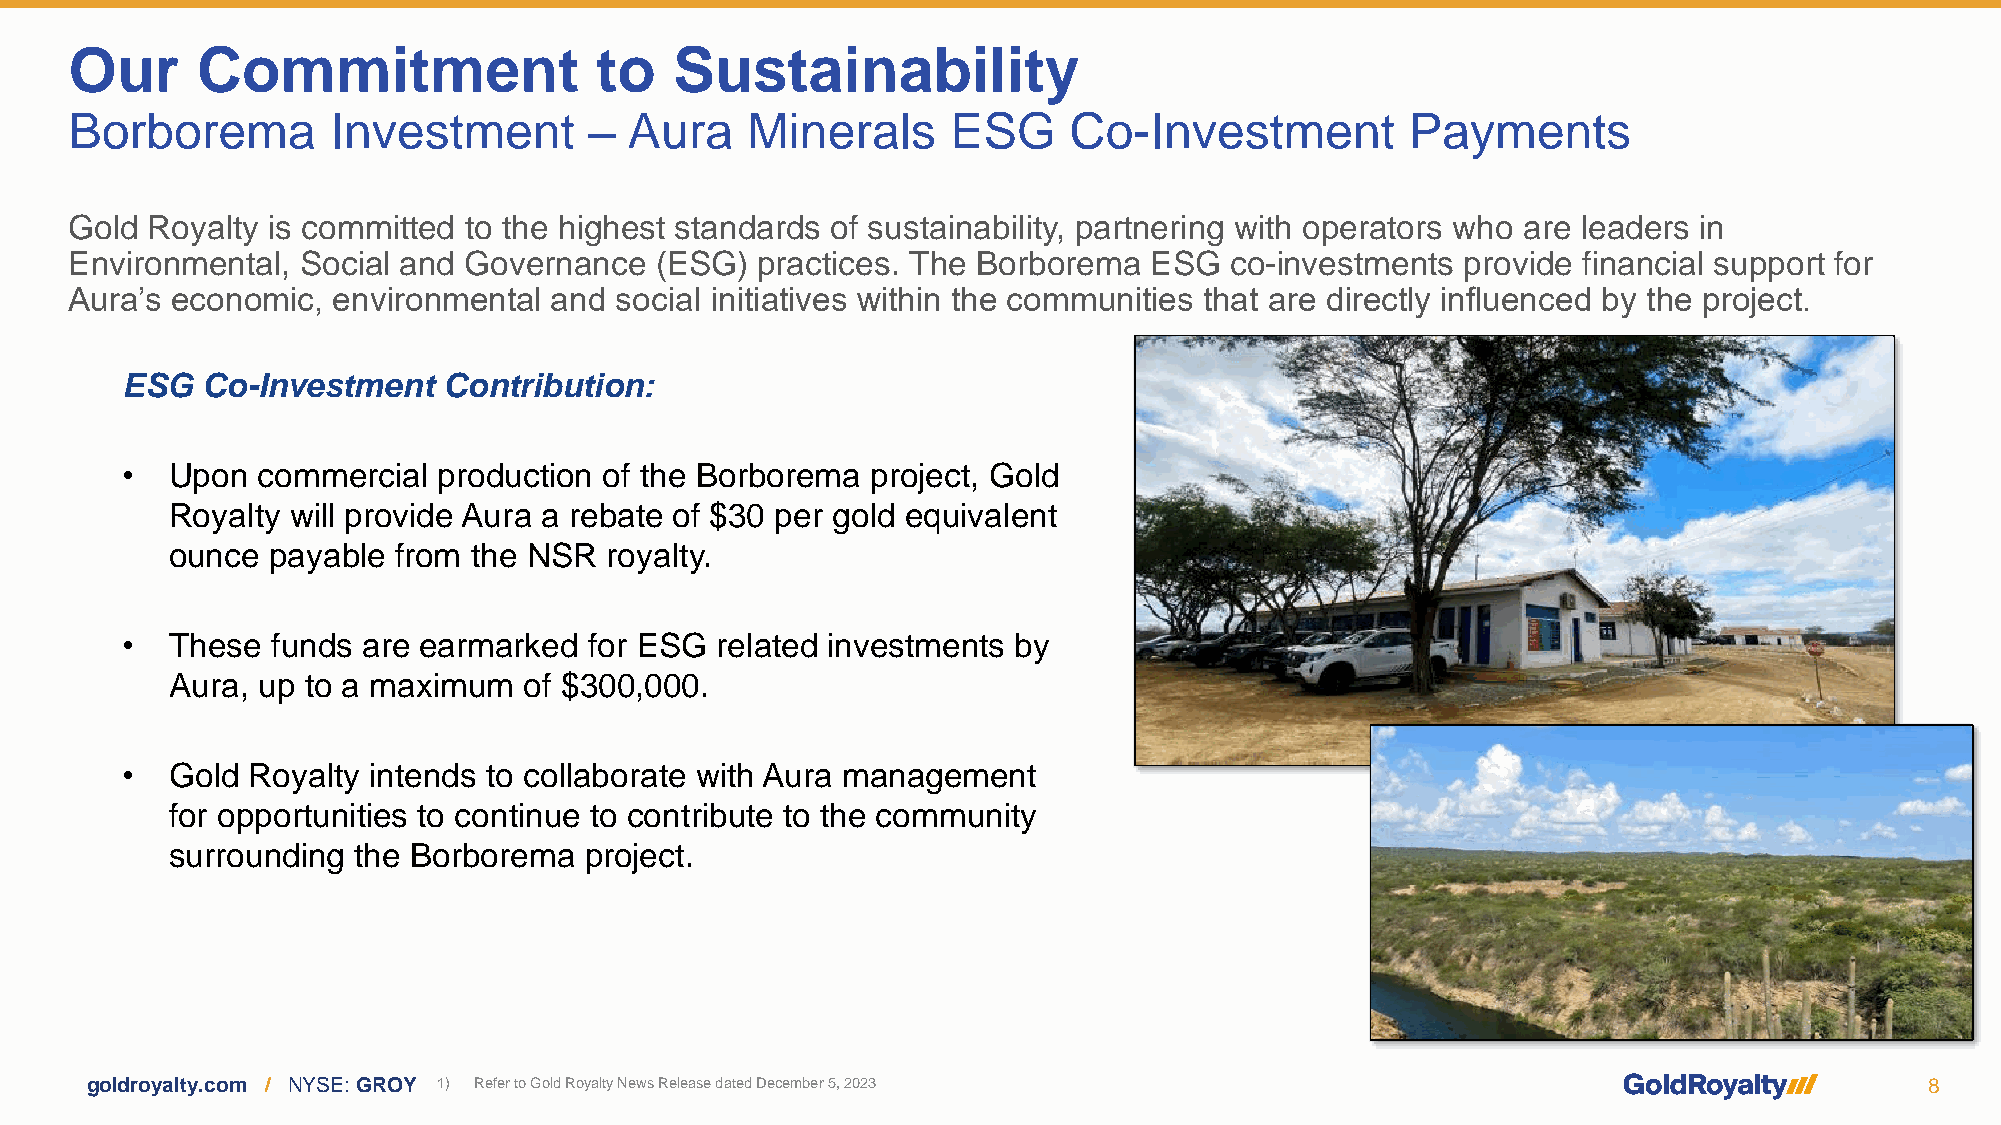
Our     Commitment                to    Sustainability
 Borborema        Investment       –  Aura   Minerals      ESG     Co-Investment         Payments
 Gold Royalty is committed to the highest standards of sustainability, partnering with operators who are leaders in
 Environmental, Social and Governance  (ESG)  practices. The Borborema  ESG  co-investments  provide financial support for
 Aura’s economic, environmental and  social initiatives within the communities that are directly influenced by the project.
 ESG  Co-Investment   Contribution:
 •  Upon  commercial  production of the Borborema  project, Gold
 Royalty will provide Aura a rebate of $30 per gold equivalent
 ounce  payable from the NSR  royalty.
 •  These  funds are earmarked  for ESG related investments by
 Aura, up to a maximum   of $300,000.
 •  Gold Royalty intends to collaborate with Aura management
 for opportunities to continue to contribute to the community
 surrounding the Borborema   project.
 goldroyalty.com / NYSE: GROY 1) Refer to Gold Royalty News Release dated December 5, 2023                                 8